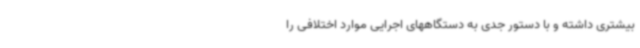
بیشتری داشته و با دستور جدی به دستگاههای اجرایی موارد اختلافی را